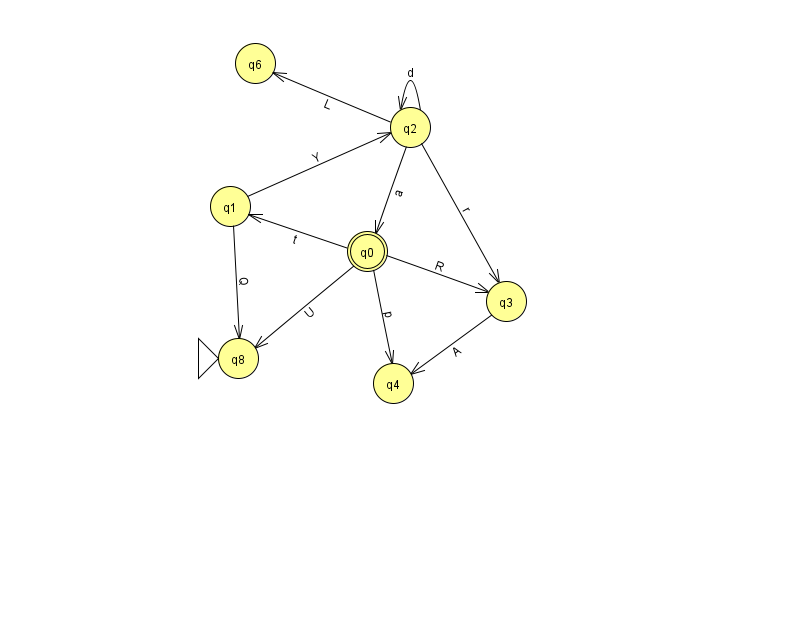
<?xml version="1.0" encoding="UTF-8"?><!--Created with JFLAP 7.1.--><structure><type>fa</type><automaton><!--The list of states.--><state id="0" name="q0"><x>367.0</x><y>238.0</y><final/></state><state id="1" name="q1"><x>230.0</x><y>193.0</y></state><state id="2" name="q2"><x>410.0</x><y>114.0</y></state><state id="3" name="q3"><x>506.0</x><y>288.0</y></state><state id="4" name="q4"><x>393.0</x><y>370.0</y></state><state id="6" name="q6"><x>255.0</x><y>50.0</y></state><state id="8" name="q8"><x>238.0</x><y>345.0</y><initial/></state><!--The list of transitions.--><transition><from>0</from><to>3</to><read>R</read></transition><transition><from>1</from><to>8</to><read>Q</read></transition><transition><from>2</from><to>3</to><read>r</read></transition><transition><from>2</from><to>0</to><read>a</read></transition><transition><from>0</from><to>1</to><read>t</read></transition><transition><from>2</from><to>2</to><read>d</read></transition><transition><from>0</from><to>8</to><read>U</read></transition><transition><from>0</from><to>4</to><read>p</read></transition><transition><from>1</from><to>2</to><read>Y</read></transition><transition><from>2</from><to>6</to><read>L</read></transition><transition><from>3</from><to>4</to><read>A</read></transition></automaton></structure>